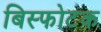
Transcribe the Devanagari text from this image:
बिस्फोटक